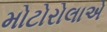
મોટોરોલાએ